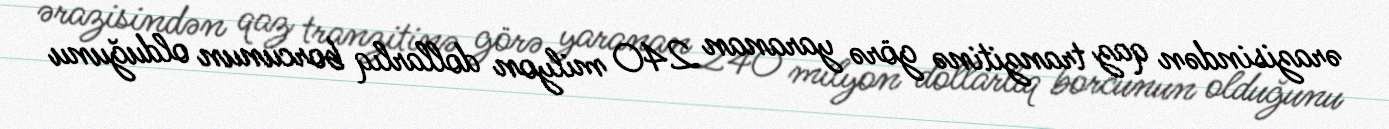
ərazisindən qaz tranzitinə görə yaranan 240 milyon dollarlıq borcunun olduğunu